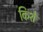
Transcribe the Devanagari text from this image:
किशे